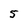
Character: 5